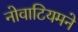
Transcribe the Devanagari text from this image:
नोवाटियमने